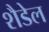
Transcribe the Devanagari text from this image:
शैडेल